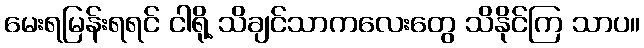
မေးရမြန်းရရင် ငါရို့ သိချင်သာကလေးတွေ သိနိုင်ကြ သာပ။